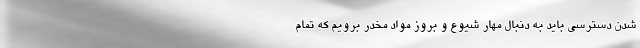
شدن دسترسی باید به دنبال مهار شیوع و بروز مواد مخدر برویم که تمام